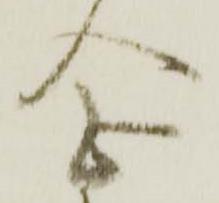
念